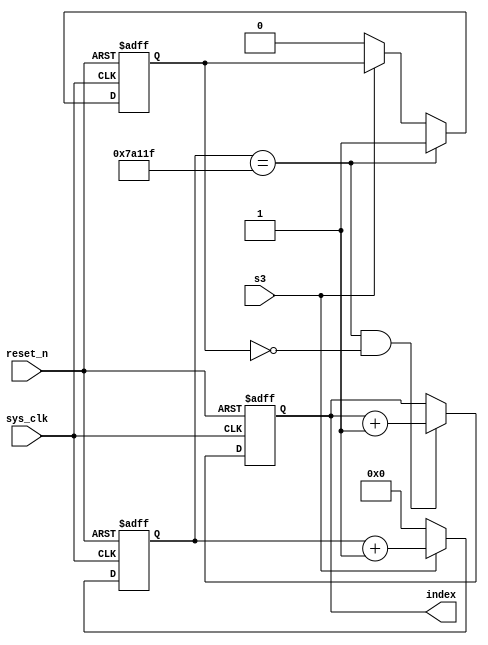
`timescale 1ns / 1ps
//////////////////////////////////////////////////////////////////////////////////
// Company: 
// Engineer: 
// 
// Design Name: 
// Module Name: button
// Project Name: 
// Target Devices: 
// Tool Versions: 
// Description: 
// 
// Dependencies: 
// 
// Revision:
// Revision 0.01 - File Created
// Additional Comments:
// 
//////////////////////////////////////////////////////////////////////////////////


module button(
input s3,
input sys_clk,
input reset_n,
output reg[2:0]index
    );
/*always@(posedge s3 or negedge reset_n)
    begin
        if(!reset_n) 
        begin
            index<=3'b000;
        end
        else
        if (s3==1) 
            begin
                #10_000000;
                if(s3==1)
                    index<=index+1'b1;
            end
     end*/
reg [18:0]cnt;
reg cnt_full;
always@(posedge sys_clk or negedge reset_n)
     if(!reset_n) cnt<=19'b0;
     else if (s3==1) cnt<=cnt+1'b1;
     else cnt<=19'b0;

always@(posedge sys_clk or negedge reset_n)
    if(!reset_n) cnt_full<=1'b0;
    else if(cnt==499999)//5*10^5*10^-8=5ms
        cnt_full<=1'b1;
    else if (s3==0) 
        cnt_full<=1'b0;
    else cnt_full<=cnt_full;

always@(posedge sys_clk or negedge reset_n)
    if(!reset_n) index<=3'b000;
    else if (cnt==499999&&cnt_full==1'b0)
        index<=index+1'b1;

   
endmodule